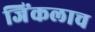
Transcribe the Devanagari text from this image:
जिंकलाच